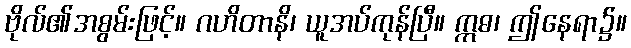
ဗိုလ်၏အစွမ်းဖြင့်။ ဂဟိတာနိ၊ ယူအပ်ကုန်ပြီ။ ဣဓ၊ ဤနေရာ၌။